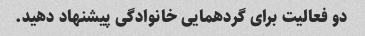
دو فعالیت برای گردهمایی خانوادگی پیشنهاد دهید.